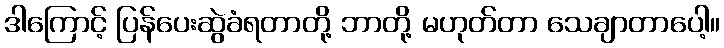
ဒါကြောင့် ပြန်ပေးဆွဲခံရတာတို့ ဘာတို့ မဟုတ်တာ သေချာတာပေါ့။